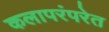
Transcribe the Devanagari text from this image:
कलापरंपरेत